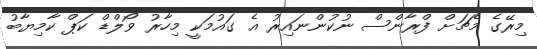
މިރޭގެ މެޗަށް ފްރާންސް ނުކުންނައިރު އެ ގައުމަކީ މިހާރު ވޯލްޑް ކަޕް ކާމިޔާބު